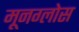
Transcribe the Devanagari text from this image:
मूनग्लोस